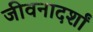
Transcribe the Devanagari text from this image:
जीवनादर्शां